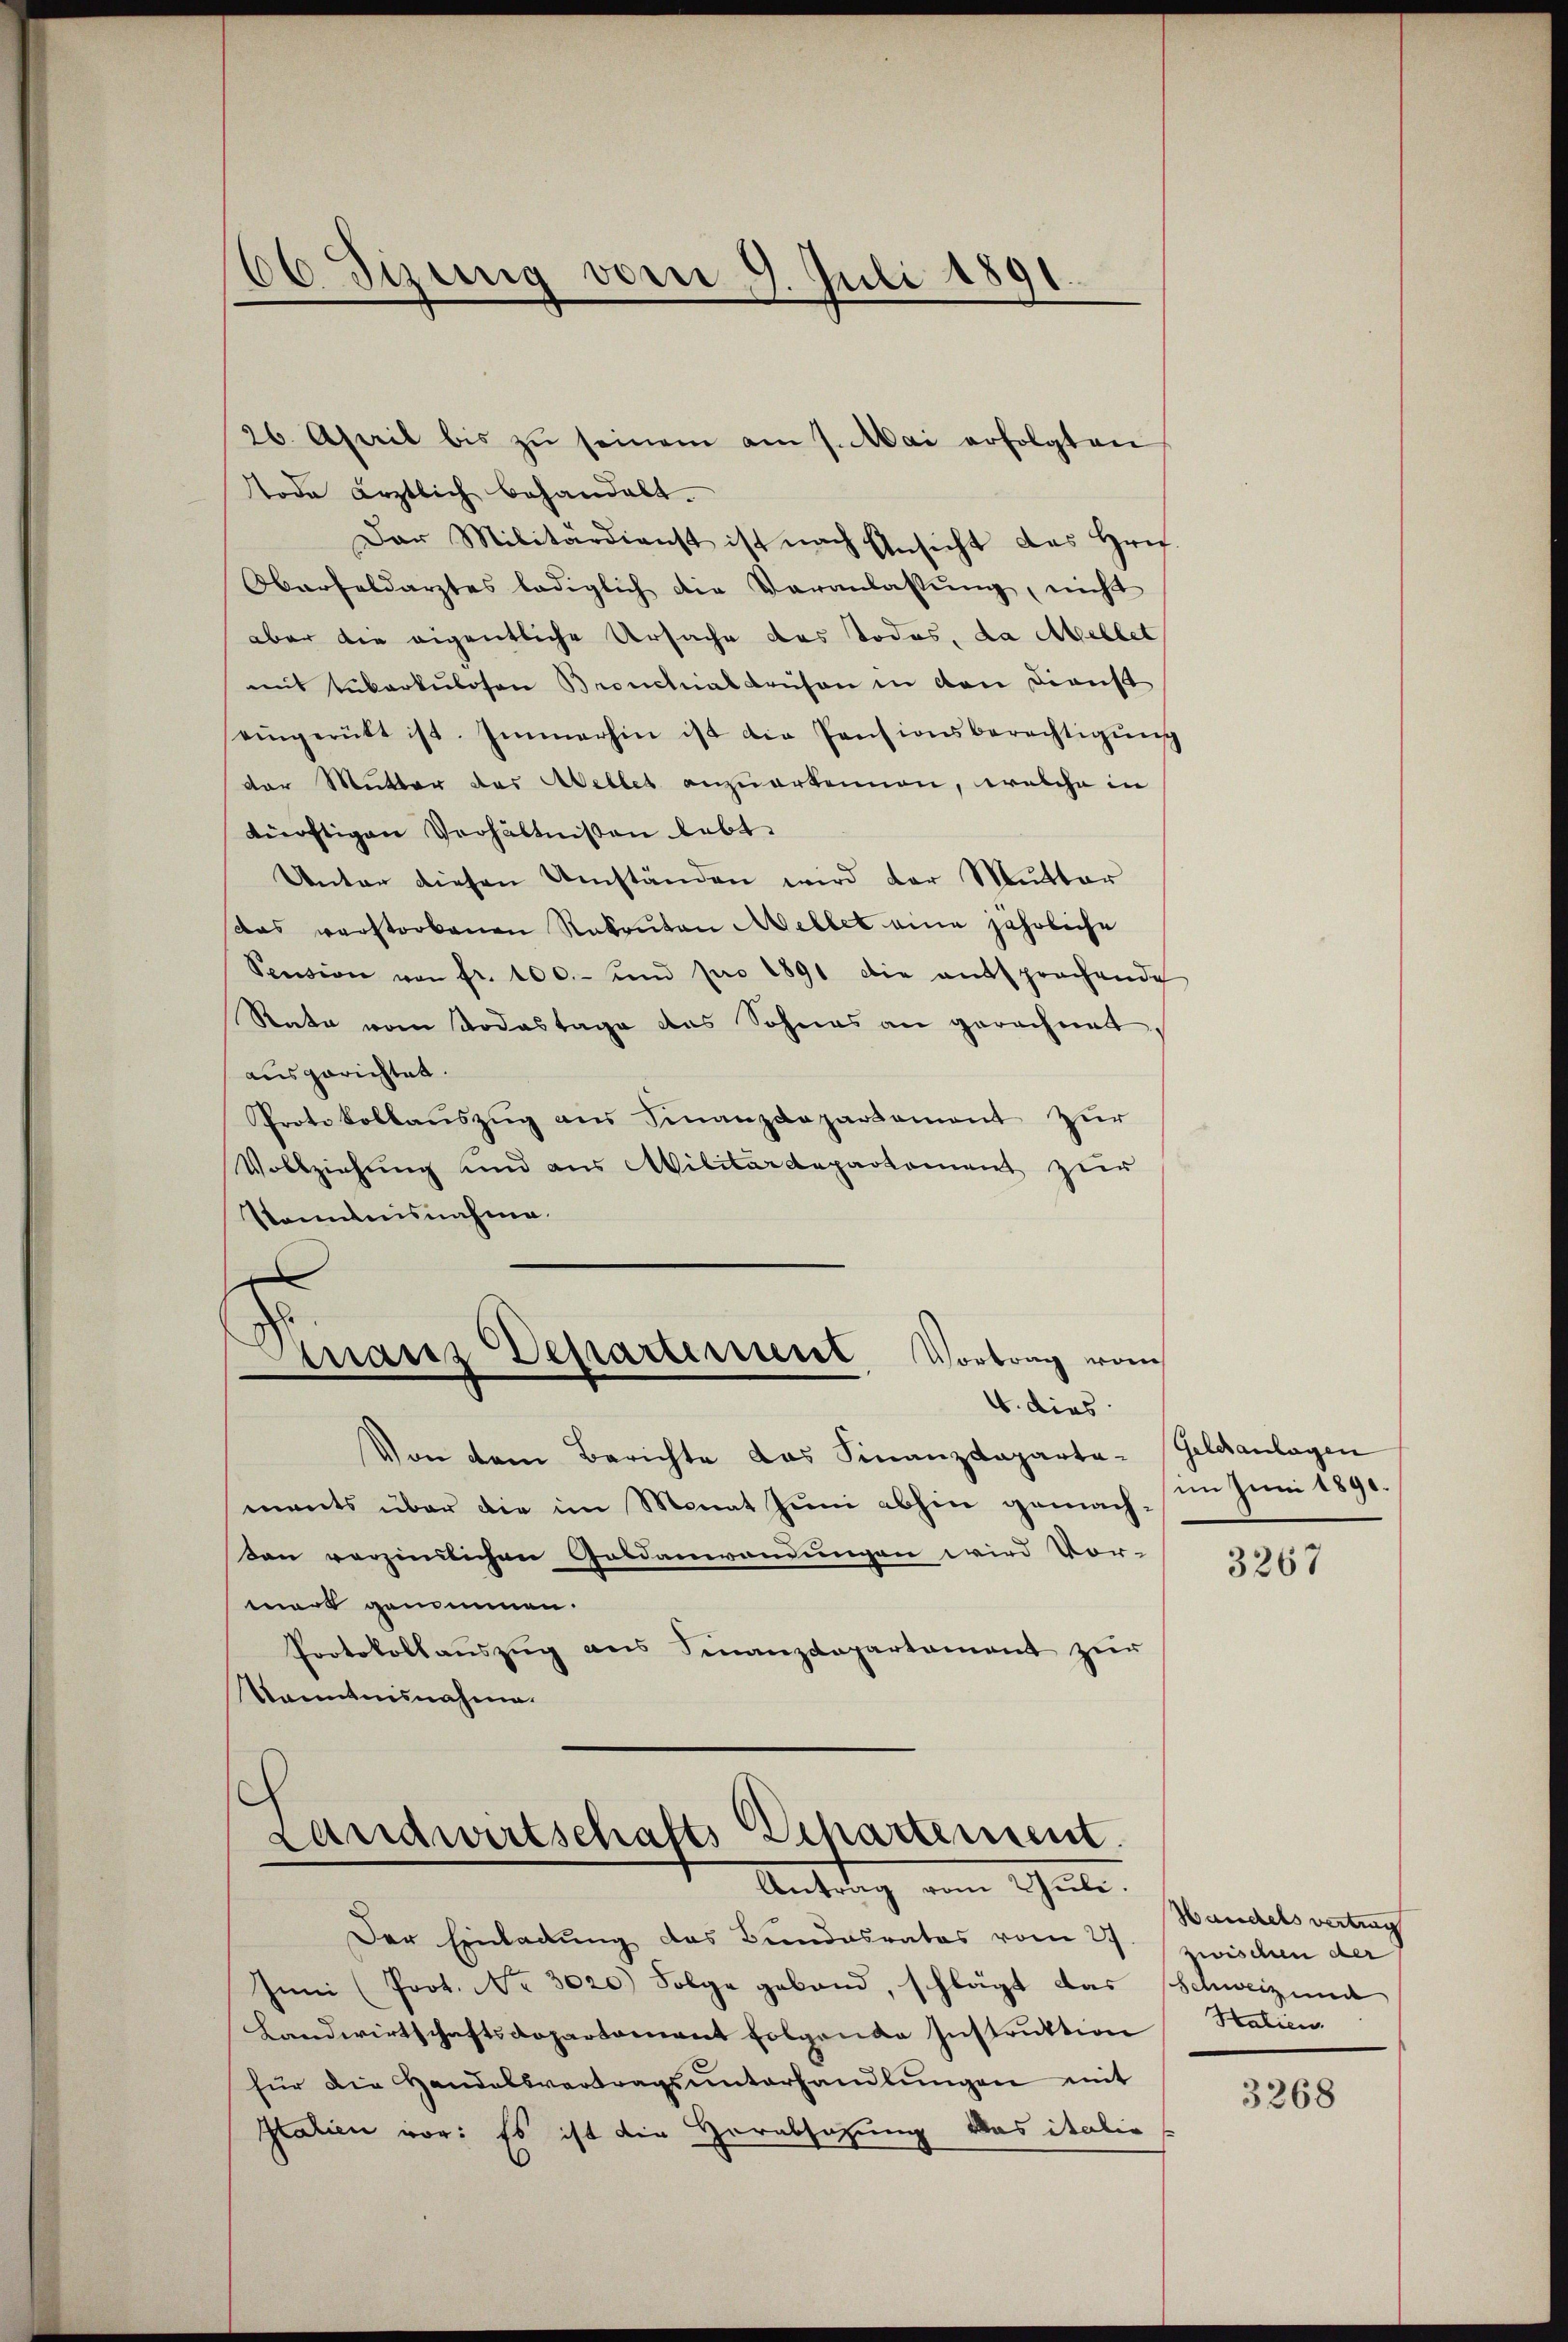
66. Sizung vom 9. Juli 1891
8

26. April bis zŭ seinem am 7. Mai erfolgten
tode ärztlich behandelt.
Dar Militärdienst ist nach Ansicht des Hrn.
Oberfeldarztes lediglich die Veranlassŭng, nicht
aber die eigentliche Ursache des Todes, da Mellet
mit Lukarkulosen Bronchial drüsen in von Dienst
eingerütt ist. Immerhin ist die Pensionsberechtigŭng
der Mutter das Weller anzuerkennen, welche in
künftigen Verhältnißen lebt.
Unter diesen Umständen wird der Mutter
das verstorbenen Rakonton Mellet eine jährliche
Pension von fr. 100.- und pro 1891 die entsprochende
Rate vom Todestage des Sohnes an gerechnet,
ausgerichtet.
Protokollaŭszŭg ans Finanzdepartement zur
Vollziehung und aus Militärdepartement zur
Pkanntnisnahme.
d
d
Granz Departement Vortrag von
4. dies
Von dem Berichte das Finanzdepartements über die im Monat zum abhin gemach¬
Den verzindlichen Goldanwendungen wird Vor-
mort genommen.
Protokollaŭszŭg ans Finanzdepartament zŭr
Kanntnisnahme.
d
Landwirtschafts Departement.
Antrag vom Juli.
Der Einladung das Bundesrates vom 27.
Juni (Prot. Nr. 3020.) Folge geband, schlägt das Schweizend
Landwirtschaftsdepartement folgende Instruktion
für die Handelsvertragsŭnterhandlŭngen mit
Italien vor: Es ist die Vorabsatzung das italie

Gelcsanlagen
im Juni 1890.

3267

Handels vertrag
zwischen der
Htalien.

3268